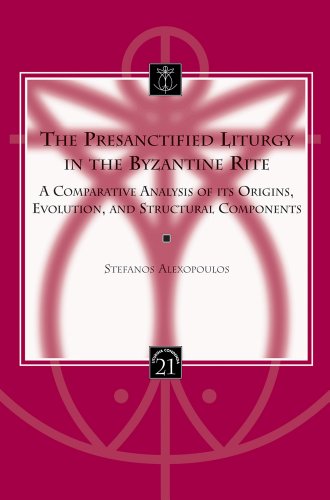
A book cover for The Presanctified Liturgy in the Byzantine Rite: A Comparative Analysis of its Origins, Evolution, and Structural Components (Liturgia Condenda); S. Alexopoulos; Religion & Spirituality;